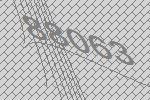
88063